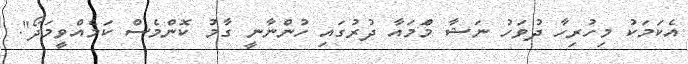
އެކަމަކު މިހުރިހާ ދުވަހު ނަޝާ މަްމައާ ދުރުގައި ހުންނާނީ ގާމު ކޮންމެސް ކަމެއްވީމަދޯ".